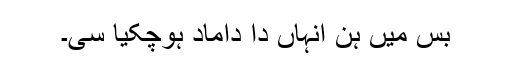
بس میں ہن انہاں دا داماد ہوچکیا سی۔